Indian journal of veterinary science and animal husbandry - Volume 5,
Year: 1935
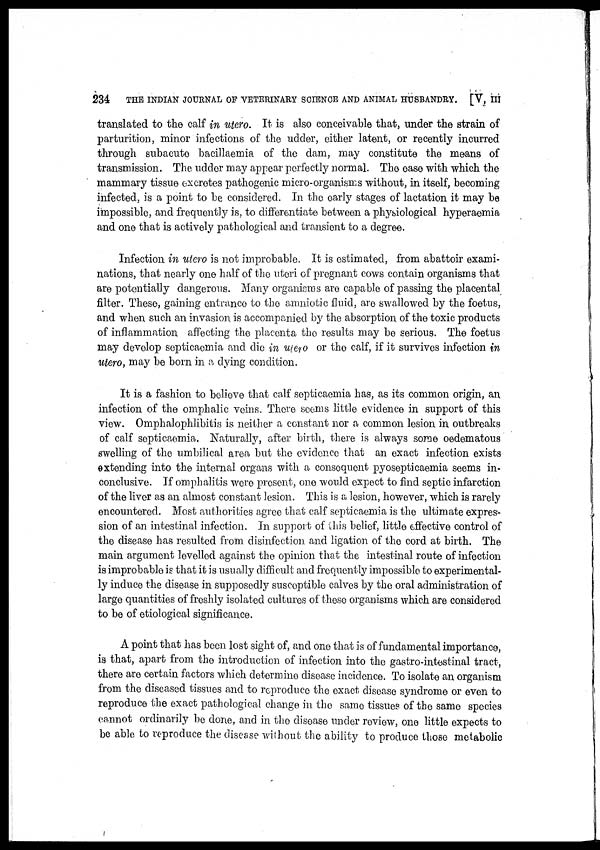
234
THE INDIAN JOURNAL OF VETERINARY SCIENCE AND ANIMAL HUSBANDRY. [V, III
translated to the calf in utero. It is also conceivable that, under the strain of
parturition, minor infections of the udder, either latent, or recently incurred
through subacute bacillaemia of the dam, may constitute the means of
transmission. The udder may appear perfectly normal. The ease with which the
mammary tissue excretes pathogenic micro-organisms without, in itself, becoming
infected, is a point to be considered. In the early stages of lactation it may be
impossible, and frequently is, to differentiate between a physiological hyperaemia
and one that is actively pathological and transient to a degree.
Infection in utero is not improbable. It is estimated, from abattoir exami-
nations, that nearly one half of the uteri of pregnant cows contain organisms that
are potentially dangerous. Many organisms are capable of passing the placental
filter. These, gaining entrance to the amniotic fluid, are swallowed by the foetus,
and when such an invasion is accompanied by the absorption of the toxic products
of inflammation affecting the placenta the results may be serious. The foetus
may develop septicaemia and die in utero or the calf, if it survives infection in
utero, may be born in a dying condition.
It is a fashion to believe that calf septicaemia has, as its common origin, an
infection of the omphalic veins. There seems little evidence in support of this
view. Omphalophlibitis is neither a constant nor a common lesion in outbreaks
of calf septicaemia. Naturally, after birth, there is always some oedematous
swelling of the umbilical area but the evidence that an exact infection exists
extending into the internal organs with a consequent pyosepticaemia seems in-
conclusive. If omphalitis were present, one would expect to find septic infarction
of the liver as an almost constant lesion. This is a lesion, however, which is rarely
encountered. Most authorities agree that calf septicaemia is the ultimate expres-
sion of an intestinal infection. In support of this belief, little effective control of
the disease has resulted from disinfection and ligation of the cord at birth. The
main argument levelled against the opinion that the intestinal route of infection
is improbable is that it is usually difficult and frequently impossible to experimental-
ly induce the disease in supposedly susceptible calves by the oral administration of
large quantities of freshly isolated cultures of these organisms which are considered
to be of etiological significance.
A point that has been lost sight of, and one that is of fundamental importance,
is that, apart from the introduction of infection into the gastro-intestinal tract,
there are certain factors which determine disease incidence. To isolate an organism
from the diseased tissues and to reproduce the exact disease syndrome or even to
reproduce the exact pathological change in the same tissues of the same species
cannot ordinarily be done, and in the disease under review, one little expects to
be able to reproduce the disease without the ability to produce those metabolic